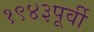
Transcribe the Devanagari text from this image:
१९४३पूर्वी